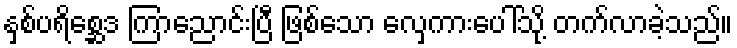
နှစ်ပရိစ္ဆေဒ ကြာညောင်းပြီ ဖြစ်သော လှေကားပေါ်သို့ တက်လာခဲ့သည်။